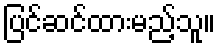
ပြင်ဆင်ထားမည့်သူ။